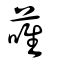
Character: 蓶